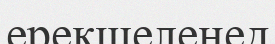
ерекшеленед